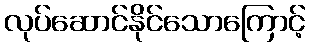
လုပ်ဆောင်နိုင်သောကြောင့်